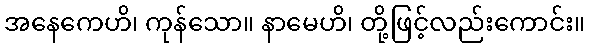
အနေကေဟိ၊ ကုန်သော။ နာမေဟိ၊ တို့ဖြင့်လည်းကောင်း။